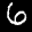
Label: 6